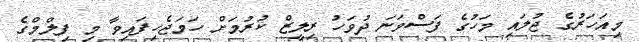
މިއަހަރުގެ ޖުލައި މަހުގެ ފަސްވަނަ ދުވަހު ރިލީޒް ކުރުމަށް ހަމަޖެހިފައިވާ މި ފިލްމްގެ